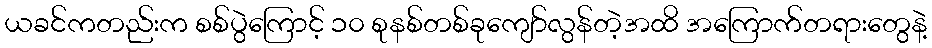
ယခင်ကတည်းက စစ်ပွဲကြောင့် ၁၀ စုနစ်တစ်ခုကျော်လွန်တဲ့အထိ အကြောက်တရားတွေနဲ့